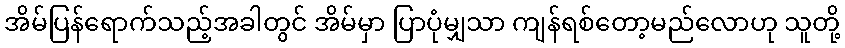
အိမ်ပြန်ရောက်သည့်အခါတွင် အိမ်မှာ ပြာပုံမျှသာ ကျန်ရစ်တော့မည်လောဟု သူတို့